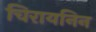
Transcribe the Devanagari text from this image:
चिरायनिन